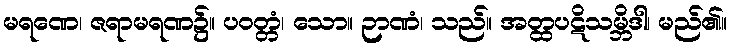
မရဏေ၊ ဇရာမရဏ၌။ ပဝတ္တံ၊ သော။ ဉာဏံ၊ သည်။ အတ္ထပဋိသမ္ဘိဒါ၊ မည်၏။